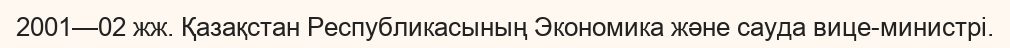
2001—02 жж. Қазақстан Республикасының Экономика және сауда вице-министрі.